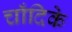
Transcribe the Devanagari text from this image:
चाँदिके